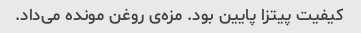
کیفیت پیتزا پایین بود. مزه‌ی روغن مونده می‌داد.